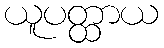
ယူပတ္ထာယ